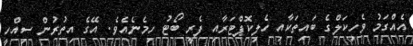
އެއްގަމު ވެހިކަލްގެ ބައިތަކާއި ހެލިކޮޕްޓަރާއި ފެރީ ބޯޓު ހިމެނެއެވެ. އޭގެ އިތުރުން ސިއްހީ